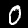
Digit: 0